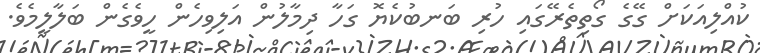
ކުއްލިއަކަށް ގޭގެ ގޯތިތެރޭގައި ހުރި ބަނބުކެޔޮ ގަހާ ދިމާލުން އަލިވިހެން ހީވެގެން ބަލާލީމެވެ.